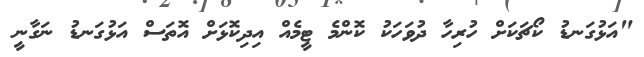
"އަޅުގަނޑު ކޯޗަކަށް ހުރިހާ ދުވަހަކު ކޮންމެ ޓީމެއް އިދިކޮޅަށް އޮތަސް އަޅުގަނޑު ނަގާނީ